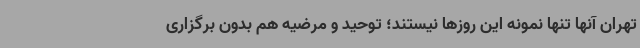
تهران آنها تنها نمونه این روزها نیستند؛ توحید و مرضیه هم بدون برگزاری